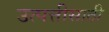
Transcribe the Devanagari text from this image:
उत्पत्तीसाठी